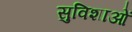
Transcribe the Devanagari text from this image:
सुविशाओं